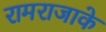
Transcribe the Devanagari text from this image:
रामराजाके